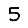
Digit: 5